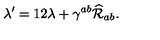
\lambda ^ { \prime } = 1 2 \lambda + \gamma ^ { a b } \widehat { \cal R } _ { a b } .